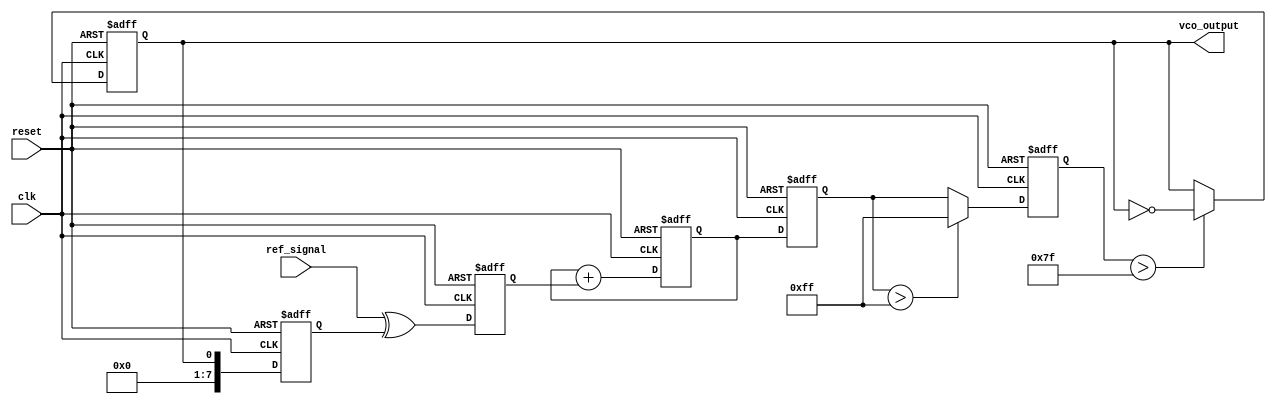
module sigma_delta_pll (
    input wire clk,              // System clock
    input wire reset,            // Asynchronous reset
    input wire ref_signal,       // Reference input signal
    output reg vco_output        // VCO output signal
);

    // Parameters
    parameter N = 8;             // Order of the Sigma-Delta modulator
    parameter VCO_MAX_FREQ = 255; // Max frequency of VCO
    parameter VCO_MIN_FREQ = 0;   // Min frequency of VCO

    // Internal signals
    reg [N-1:0] phase_detector_out; // Output of phase detector
    reg [N-1:0] loop_filter_out;     // Output of loop filter
    reg [N-1:0] sigma_delta_out;     // Output of sigma-delta modulator
    reg [N-1:0] vco_control_voltage; // Control voltage for VCO
    reg [N-1:0] vco_frequency;        // Current frequency of VCO
    reg [N-1:0] feedback_signal;      // Feedback signal from VCO

    // Phase Detector
    always @(posedge clk or posedge reset) begin
        if (reset) begin
            phase_detector_out <= 0;
        end else begin
            // Simple XOR phase detector
            phase_detector_out <= ref_signal ^ feedback_signal;
        end
    end

    // Loop Filter (Simple Integrator)
    always @(posedge clk or posedge reset) begin
        if (reset) begin
            loop_filter_out <= 0;
        end else begin
            loop_filter_out <= loop_filter_out + phase_detector_out; // Integrate
        end
    end

    // Sigma-Delta Modulator
    always @(posedge clk or posedge reset) begin
        if (reset) begin
            sigma_delta_out <= 0;
        end else begin
            // Simple 1-bit quantizer
            if (loop_filter_out > (1 << (N-1))) begin
                sigma_delta_out <= 1; // Output high
            end else begin
                sigma_delta_out <= 0; // Output low
            end
        end
    end

    // Voltage-Controlled Oscillator (VCO)
    always @(posedge clk or posedge reset) begin
        if (reset) begin
            vco_control_voltage <= 0;
            vco_frequency <= VCO_MIN_FREQ;
            vco_output <= 0;
        end else begin
            // Update control voltage based on sigma-delta output
            vco_control_voltage <= loop_filter_out;

            // Update VCO frequency based on control voltage
            vco_frequency <= (vco_control_voltage > VCO_MAX_FREQ) ? VCO_MAX_FREQ : vco_control_voltage;

            // Generate VCO output (simple toggle based on frequency)
            if (vco_frequency > (VCO_MAX_FREQ / 2)) begin
                vco_output <= ~vco_output; // Toggle output
            end
        end
    end

    // Feedback Loop
    always @(posedge clk or posedge reset) begin
        if (reset) begin
            feedback_signal <= 0;
        end else begin
            feedback_signal <= vco_output; // Feedback the VCO output
        end
    end

endmodule